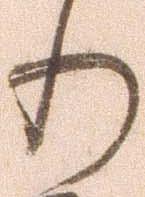
り